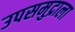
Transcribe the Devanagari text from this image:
उपसमुद्राला